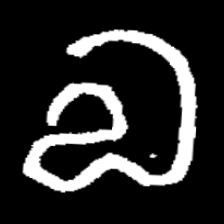
Pyu character \u2014 Myanmar letter: လ (romanized: la)